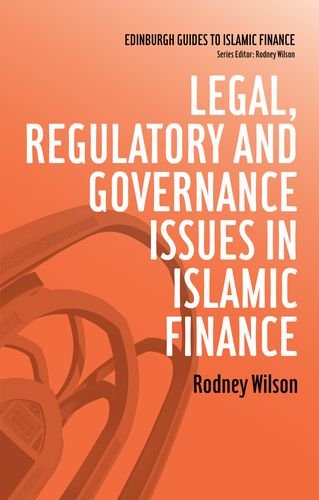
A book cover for Legal, Regulatory and Governance Issues in Islamic Finance (Edinburgh Guides to Islamic Finance); Rodney Wilson; Law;